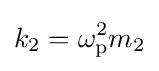
k_{2}=\omega _{\rm {p}}^{2}m_{2}